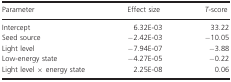
<table><thead><tr><td><b>Parameter</b></td><td><b>Effect size</b></td><td><b><i>T</i>‐score</b></td></tr></thead><tbody><tr><td>Intercept</td><td>6.32E‐03</td><td>33.22</td></tr><tr><td>Seed source</td><td>−2.42E‐03</td><td>−10.05</td></tr><tr><td>Light level</td><td>−7.94E‐07</td><td>−3.88</td></tr><tr><td>Low‐energy state</td><td>−4.27E‐05</td><td>−0.22</td></tr><tr><td>Light level × energy state</td><td>2.25E‐08</td><td>0.06</td></tr></tbody></table>